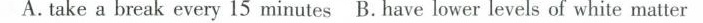
A. take a break every 15 minutes B. have lower levels of white matter